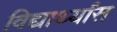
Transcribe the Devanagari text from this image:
विद्यार्थ्यांस